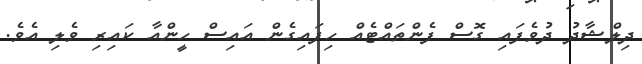
ދިލްޝާދު ދުވެފައި ގޮސް ފެންތައްޓެއް ހިފައިގެން އައިސް ހީންއާ ކައިރި ވެލި އެވެ.